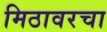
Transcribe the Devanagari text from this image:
मिठावरचा